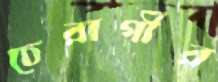
চেরাগীর